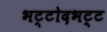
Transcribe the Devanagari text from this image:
भट्टोदभट्ट